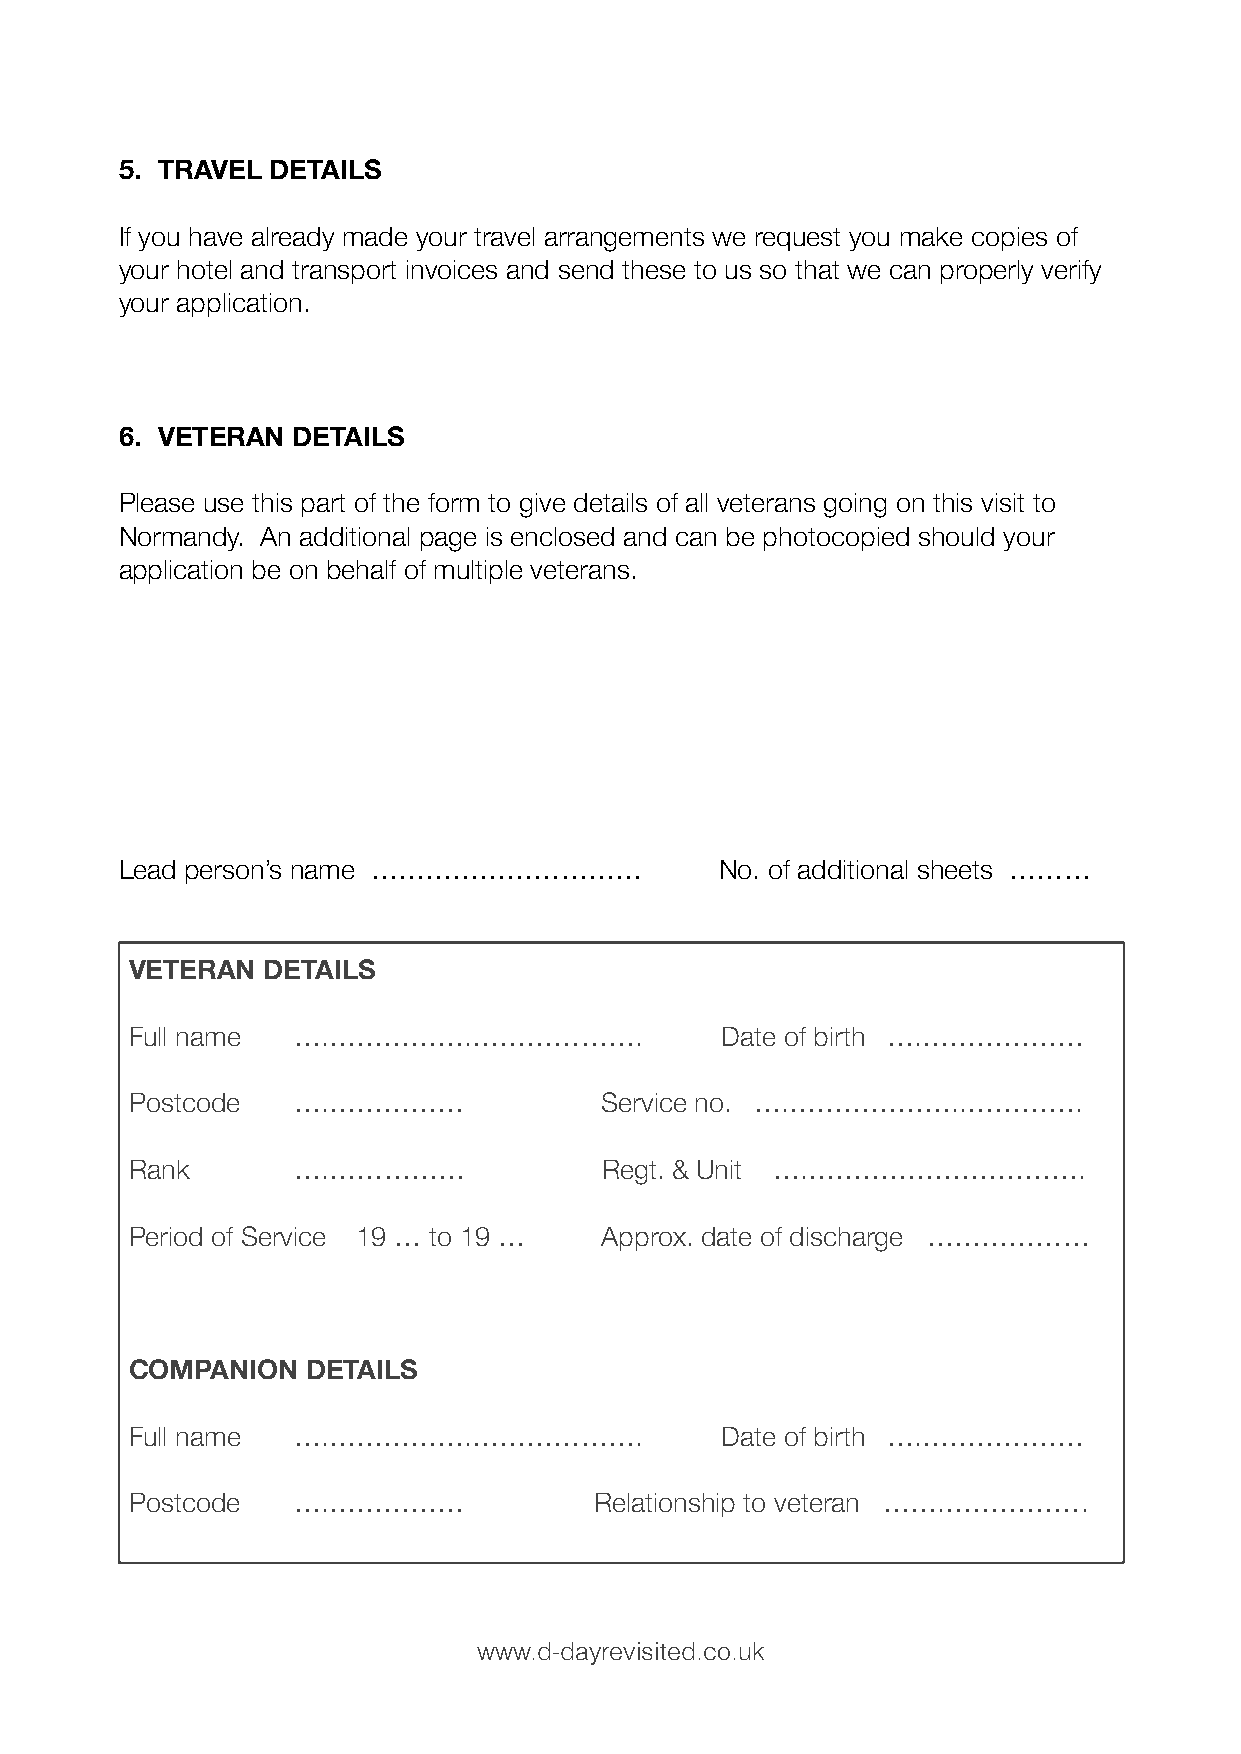
5. TRAVEL DETAILS
 If you have already made your travel arrangements we request you make copies of
 your hotel and transport invoices and send these to us so that we can properly verify
 your application.
 6. VETERAN DETAILS
 Please use this part of the form to give details of all veterans going on this visit to
 Normandy. An additional page is enclosed and can be photocopied should your
 application be on behalf of multiple veterans.
 Lead person’s name …………………………           No. of additional sheets ………
 VETERAN DETAILS
 Full name ….…………….……………….              Date of birth ….………………
 Postcode  ….……………              Service no. ….………………..………….
 Rank      ….……………              Regt. & Unit ….………………………….
 Period of Service 19 … to 19 … Approx. date of discharge ………………
 COMPANION  DETAILS
 Full name ….…………….……………….              Date of birth ….………………
 Postcode  ….……………             Relationship to veteran …….…………….
 www.d-dayrevisited.co.uk